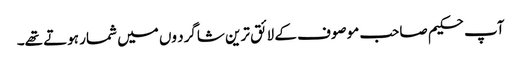
آپ حکیم صاحب موصوف کے لائق ترین شاگرد وں میں شمار ہوتے تھے۔